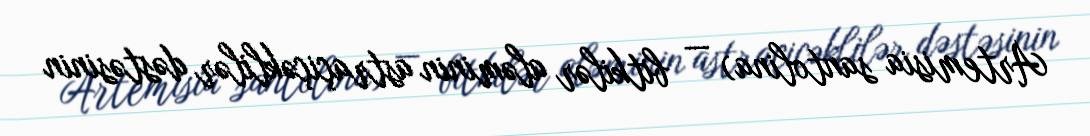
Artemisia santolina) — bitkilər aləminin astraçiçəklilər dəstəsinin